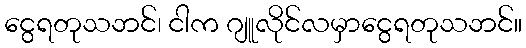
ငွေရတုသဘင်၊ ငါက ဂျူလိုင်လမှာငွေရတုသဘင်။